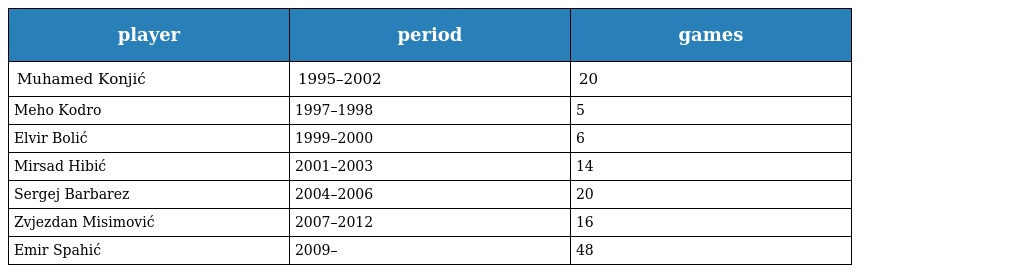
| player | period | games |
 | --- | --- | --- |
 | Muhamed Konjić | 1995–2002 | 20 |
 | Meho Kodro | 1997–1998 | 5 |
 | Elvir Bolić | 1999–2000 | 6 |
 | Mirsad Hibić | 2001–2003 | 14 |
 | Sergej Barbarez | 2004–2006 | 20 |
 | Zvjezdan Misimović | 2007–2012 | 16 |
 | Emir Spahić | 2009– | 48 |